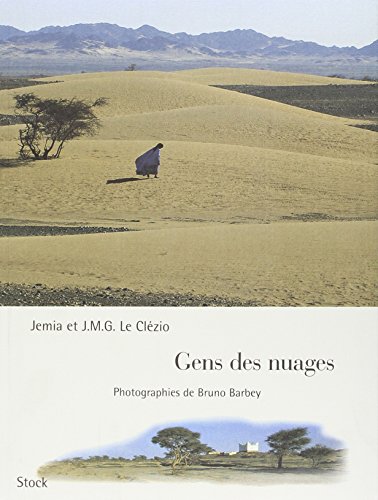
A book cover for Gens des nuages (French Edition); J Le Clezio; Travel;